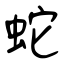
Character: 蛇